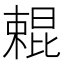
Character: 𣙹